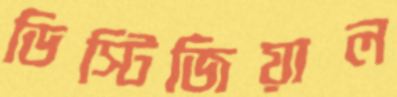
ডিস্টিজিয়াল